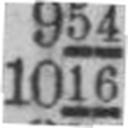
1016